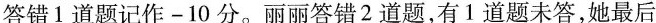
答错1道题记作-10分。丽丽答错2道题，有1道题未答，她最后